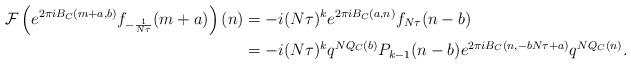
LaTeX: \begin{align*}\mathcal{F} \left( e^{2 \pi i B_{C}(m+a, b)} f_{-\frac{1}{N\tau}}(m+a) \right)(n) &= -i(N\tau)^k e^{2\pi i B_{C}(a,n)} f_{N\tau}(n-b) \\&= -i (N\tau)^k q^{NQ_{C}(b)} P_{k-1}(n-b) e^{2 \pi i B_{C}(n, -bN\tau+a)} q^{NQ_{C}(n)}.\end{align*}